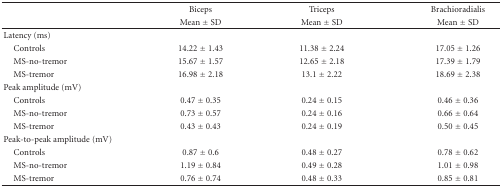
<table><thead><tr><td rowspan="2"><b> </b></td><td><b>Biceps</b></td><td><b>Triceps</b></td><td><b>Brachioradialis</b></td></tr><tr><td><b>Mean ± SD</b></td><td><b>Mean ± SD</b></td><td><b>Mean ± SD</b></td></tr></thead><tbody><tr><td>Latency (ms)</td><td></td><td></td><td></td></tr><tr><td> Controls</td><td>14.22 ± 1.43</td><td>11.38 ± 2.24</td><td>17.05 ± 1.26</td></tr><tr><td> MS-no-tremor</td><td>15.67 ± 1.57</td><td>12.65 ± 2.18</td><td>17.39 ± 1.79</td></tr><tr><td> MS-tremor</td><td>16.98 ± 2.18</td><td>13.1 ± 2.22</td><td>18.69 ± 2.38</td></tr><tr><td>Peak amplitude (mV)</td><td></td><td></td><td></td></tr><tr><td> Controls</td><td>0.47 ± 0.35</td><td>0.24 ± 0.15</td><td>0.46 ± 0.36</td></tr><tr><td> MS-no-tremor</td><td>0.73 ± 0.57</td><td>0.24 ± 0.16</td><td>0.66 ± 0.64</td></tr><tr><td> MS-tremor</td><td>0.43 ± 0.43</td><td>0.24 ± 0.19</td><td>0.50 ± 0.45</td></tr><tr><td>Peak-to-peak amplitude (mV)</td><td></td><td></td><td></td></tr><tr><td> Controls</td><td>0.87 ± 0.6</td><td>0.48 ± 0.27</td><td>0.78 ± 0.62</td></tr><tr><td> MS-no-tremor</td><td>1.19 ± 0.84</td><td>0.49 ± 0.28</td><td>1.01 ± 0.98</td></tr><tr><td> MS-tremor</td><td>0.76 ± 0.74</td><td>0.48 ± 0.33</td><td>0.85 ± 0.81</td></tr></tbody></table>